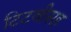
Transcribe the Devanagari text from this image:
टिटवीसह